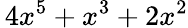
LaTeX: \, 4x^{5}+x^{3}+2x^{2}